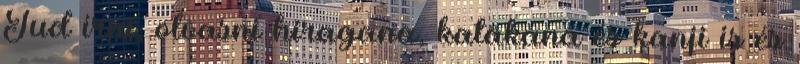
Tud írni, olvasni hiragana, katakana és kanji is és